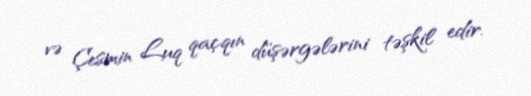
və Çesmin Luq qaçqın düşərgələrini təşkil edir.